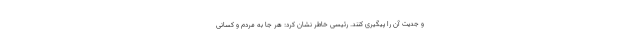
و جدیت آن را پیگیری کنند. رئیسی خاطر نشان کرد: هر جا به مردم و کسانی